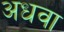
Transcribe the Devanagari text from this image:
अधवा